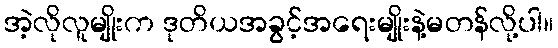
အဲ့လိုလူမျိုးက ဒုတိယအခွင့်အရေးမျိုးနဲ့မတန်လို့ပါ။